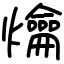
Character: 爚